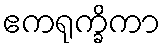
ဧကရုက္ခိကာ